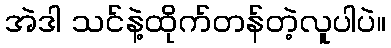
အဲဒါ သင်နဲ့ထိုက်တန်တဲ့လူပါပဲ။